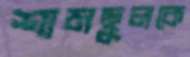
শামছুলকে